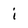
Character: i